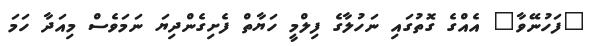
"ފަހުނޭވާ" އެއްގެ ގޮތުގައި ނަހުލާގެ ފިލްމީ ހަޔާތް ފެށިގެންދިޔަ ނަމަވެސް މިއަދާ ހަމަ